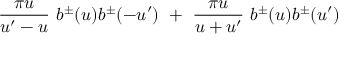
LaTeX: \frac { \pi u } { u ^ { \prime } - u } ~ b ^ { \pm } ( u ) b ^ { \pm } ( - u ^ { \prime } ) ~ + ~ \frac { \pi u } { u + u ^ { \prime } } ~ b ^ { \pm } ( u ) b ^ { \pm } ( u ^ { \prime } )